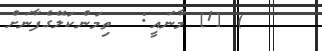
) [1] މާނައީ:  ތިމަންކަލޭގެފާނަށް